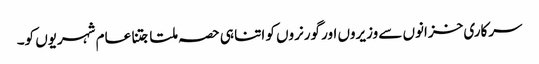
سرکاری خزانوں سے وزیروں اور گورنروں کو اتنا ہی حصہ ملتا جتنا عام شہریوں کو۔